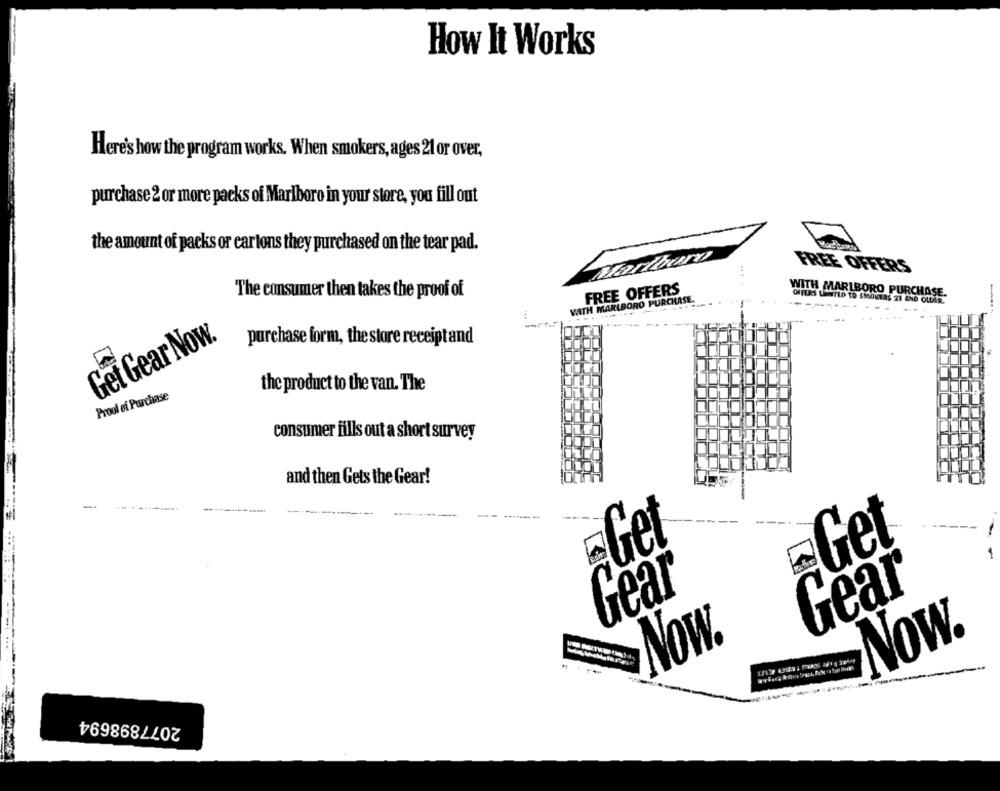
How It Works
Here's how the program works. When smokers, ages 21 or over,
purchase 2 or more packs of Marlboro in your store, you fill out
the amount of packs or cartons they purchased on the tear pad.
Darle
FREE OFFERS
FREE OFFERS
The consumer then takes the proof of
WITH MARLBORO PURCHASE.
WITH MARLBORO PURCHASE.
-
... ....
Get Gear Now.
purchase form, the store receipt and
the product to the van. The
Proof of Purchase
consumer fills out a short survey
and then Gets the Gear!
---
Get
Get
Gèar
Gear
Now.
Now.
------
----
2077898694